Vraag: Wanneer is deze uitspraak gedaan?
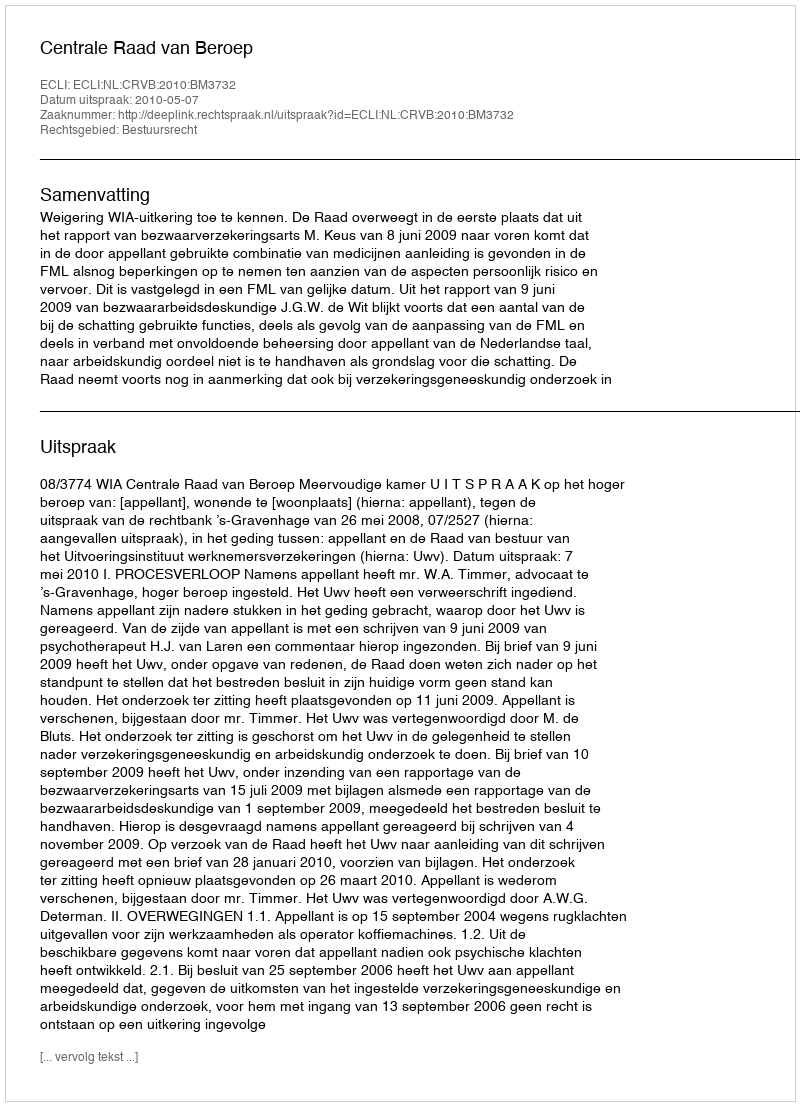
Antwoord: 2010-05-07